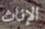
الإناث